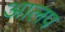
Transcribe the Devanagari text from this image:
आलप